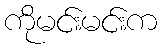
ကိုမင်းမင်းက